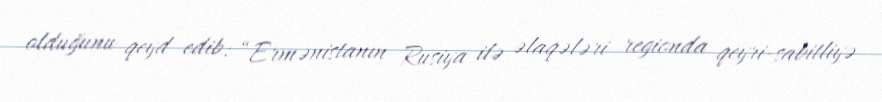
olduğunu qeyd edib: “Ermənistanın Rusiya ilə əlaqələri regionda qeyri-sabitliyə